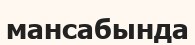
мансабында